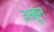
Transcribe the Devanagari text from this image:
३१हून